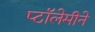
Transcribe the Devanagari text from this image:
प्टॉलेमीने